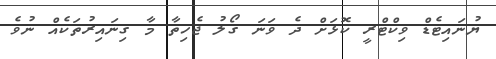
ޔުނައިޓެޑް ވިކްޓްރީ ކޮޅަށް ދެ ވަނަ ގޯލު ޖެހިތާ މާ ގިނައިރުތަކެއް ނުވެ